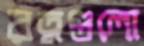
রত্নগুলো